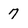
Character: 7